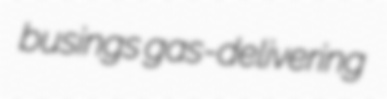
busings gas-delivering